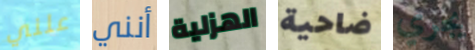
علني أنني الهزلية ضاحية يجري